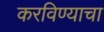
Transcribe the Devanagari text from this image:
करविण्याचा